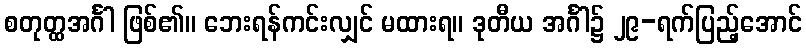
စတုတ္ထအင်္ဂါ ဖြစ်၏။ ဘေးရန်ကင်းလျှင် မထားရ။ ဒုတီယ အင်္ဂါ၌ ၂၉-ရက်ပြည့်အောင်